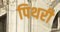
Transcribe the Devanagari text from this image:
पिथरी